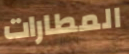
المطارات